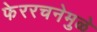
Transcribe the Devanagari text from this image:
फेररचनेमुळे